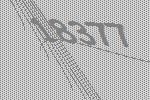
18377